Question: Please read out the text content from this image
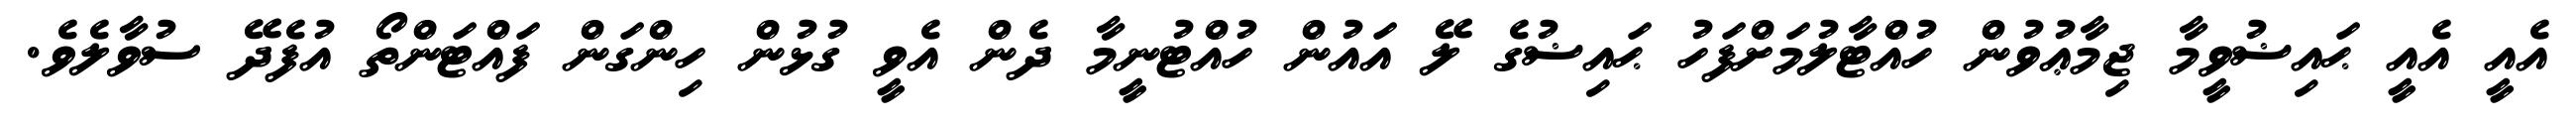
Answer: އެއީ އެއީ ޙައިޟުވީމާ ޖިމާޢުވުން ހުއްޓާލުމަށްފަހު ޙައިޟުގެ ލޭ އައުން ހުއްޓުނީމާ ދެން އެވީ ގުޅުން ހިންގަން ފައްޓަންތޯ އުފެދޭ ސުވާލެވެ.